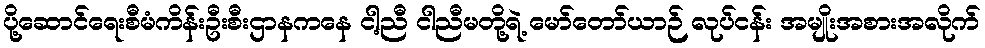
ပို့ဆောင်ရေးစီမံကိန်းဦးစီးဌာနကနေ ငါ့ညီ ငါညီမတို့ရဲ့ မော်တော်ယာဉ် လုပ်ငန်း အမျိုးအစားအလိုက်